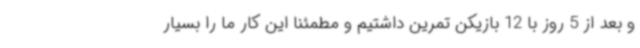
و بعد از 5 روز با 12 بازیکن تمرین داشتیم و مطمئنا این کار ما را بسیار